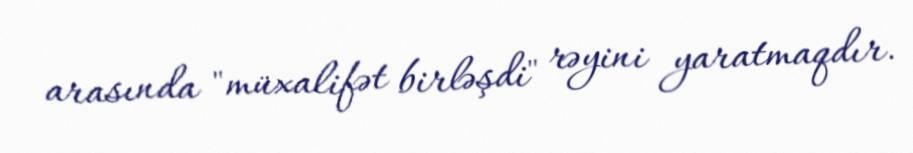
arasında "müxalifət birləşdi" rəyini yaratmaqdır.